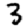
Digit: 3